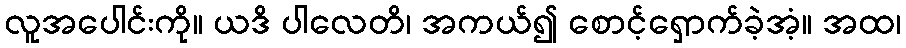
လူအပေါင်းကို။ ယဒိ ပါလေတိ၊ အကယ်၍ စောင့်ရှောက်ခဲ့အံ့။ အထ၊